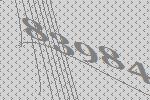
83984